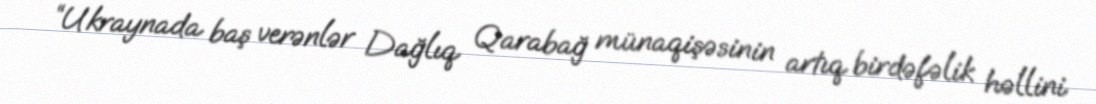
“Ukraynada baş verənlər Dağlıq Qarabağ münaqişəsinin artıq birdəfəlik həllini